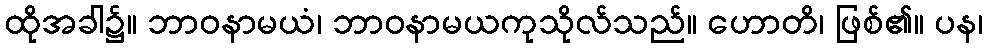
ထိုအခါ၌။ ဘာဝနာမယံ၊ ဘာဝနာမယကုသိုလ်သည်။ ဟောတိ၊ ဖြစ်၏။ ပန၊